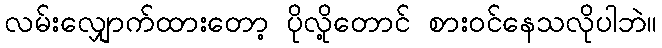
လမ်းလျှောက်ထားတော့ ပိုလို့တောင် စားဝင်နေသလိုပါဘဲ။